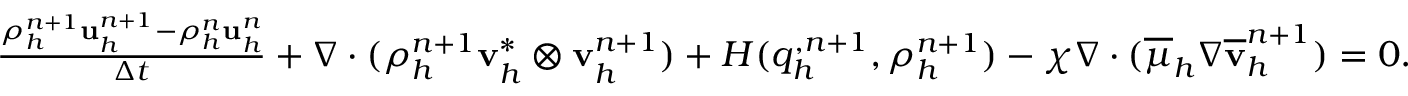
\begin{array} { r l } & { \frac { \rho _ { h } ^ { n + 1 } \mathbf u _ { h } ^ { n + 1 } - \rho _ { h } ^ { n } \mathbf u _ { h } ^ { n } } { \Delta t } + \nabla \cdot ( \rho _ { h } ^ { n + 1 } \mathbf v _ { h } ^ { * } \otimes \mathbf v _ { h } ^ { n + 1 } ) + H ( q _ { h } ^ { , n + 1 } , \rho _ { h } ^ { n + 1 } ) - \chi \nabla \cdot ( \overline { { \mu } } _ { h } \nabla \overline { { \mathbf v } } _ { h } ^ { n + 1 } ) = \boldsymbol { 0 } . } \end{array}